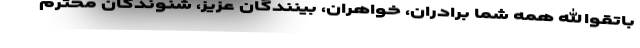
باتقوالله همه شما برادران، خواهران، بینندگان عزیز، شنوندگان محترم